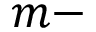
m -